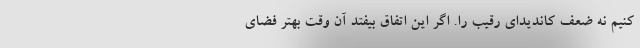
کنیم نه ضعف کاندیدای رقیب را. اگر این اتفاق بیفتد آن وقت بهتر فضای